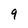
Character: 9